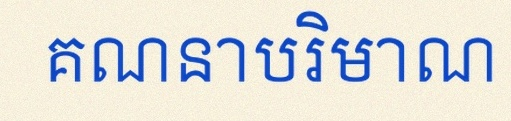
គណនាបរិមាណ